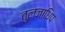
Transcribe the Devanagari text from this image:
तुलजाधिप